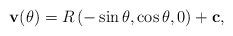
LaTeX: \begin{align*}{\bf v}(\theta ) = R \, (-\sin \theta , \cos \theta , 0) + {\bf c}, \end{align*}